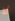
لا